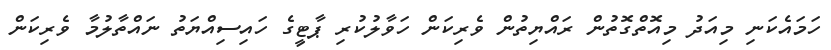
ހަމައެކަނި މިއަދު މިއޮތްގޮތުން ރައްޔިތުން ވެރިކަން ހަވާލުކުރި ޕާޓީގެ ހައިސިއްޔަތު ނައްތާލުމާ ވެރިކަން